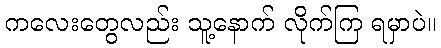
ကလေးတွေလည်း သူ့နောက် လိုက်ကြ ရမှာပဲ။